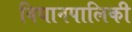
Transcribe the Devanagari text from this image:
विधानपालिकी